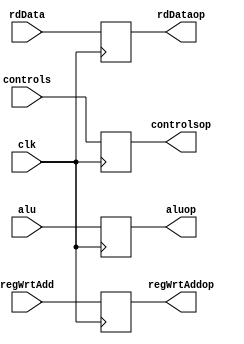
`timescale 1ns / 1ps
//////////////////////////////////////////////////////////////////////////////////
// Company: 
// Engineer: 
// 
// Design Name: 
// Module Name: MEM_WB
// Project Name: 
// Target Devices: 
// Tool Versions: 
// Description: 
// 
// Dependencies: 
// 
// Revision:
// Revision 0.01 - File Created
// Additional Comments:
// 
//////////////////////////////////////////////////////////////////////////////////


module MEM_WB(
input [31:0] rdData,
input [9:0] controls,
input [31:0] alu,
input [4:0] regWrtAdd,
input clk,
output reg [31:0] rdDataop,
output reg [9:0] controlsop,
output reg [31:0] aluop,
output reg [4:0] regWrtAddop
    );
always @(posedge clk)
    rdDataop <= rdData;
always @(posedge clk)
    controlsop <= controls;
always @(posedge clk)
    aluop <= alu;
always @(posedge clk)
    regWrtAddop <= regWrtAdd;
endmodule